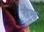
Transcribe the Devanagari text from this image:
रौख